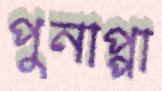
পুনাপ্পা